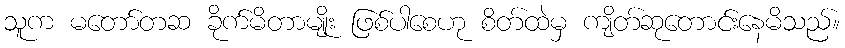
သူက မတော်တဆ ခိုက်မိတာမျိုး ဖြစ်ပါစေဟု စိတ်ထဲမှ ကျိတ်ဆုတောင်းနေမိသည်။